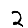
Digit: 2